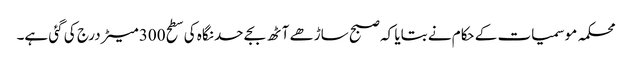
محکمہ موسمیات کے حکام نے بتایا کہ صبح ساڑھے آٹھ بجے حد نگاہ کی سطح 300 میٹر درج کی گئی ہے۔